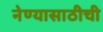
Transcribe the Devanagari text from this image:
नेण्यासाठीची